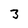
Character: 3